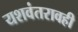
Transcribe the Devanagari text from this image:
यशवंतरावही